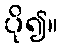
ပို၍။